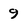
Character: 9